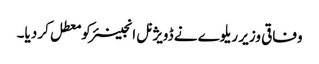
وفاقی وزیر ریلوے نے ڈویژنل انجینئر کو معطل کر دیا۔